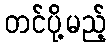
တင်ပို့မည့်